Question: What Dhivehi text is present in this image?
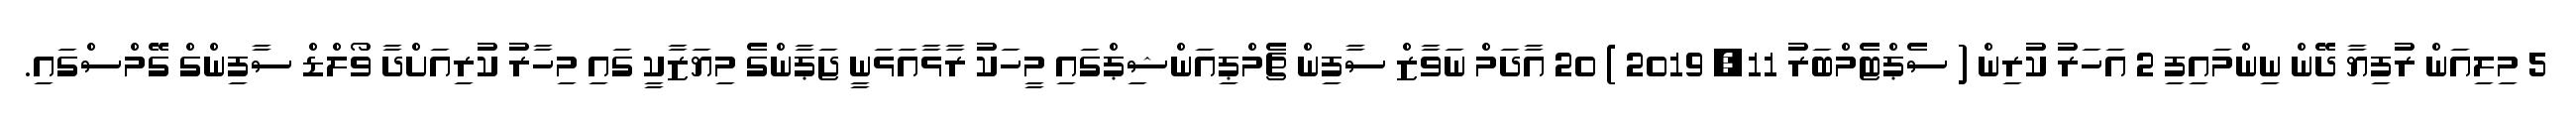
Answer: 5 މިލިއަން ރުފިޔާ ދޭން ނިންމައިފި 2 އަހަރު ކުރިން ( ސެޕްޓެމްބަރު 11, 2019 ) 20 އާދަމް ނަވާޒް ސާފިން ޗެމްޕިއަންޝިޕްގައި މީހަކު ރާޅާއަޅަނީ ޖަޕާންގެ މިޔަޒާކީ ގައި މިހާރު ކުރިއަށްދާ ވޯލްޑް ސާފިންގް ގޭމްސްގައި.